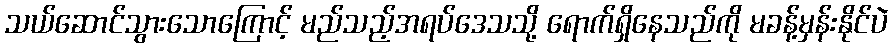
သယ်ဆောင်သွားသောကြောင့် မည်သည့်အရပ်ဒေသသို့ ရောက်ရှိနေသည်ကို မခန့်မှန်းနိုင်ပဲ